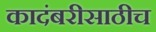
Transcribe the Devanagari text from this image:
कादंबरीसाठीच